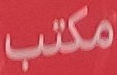
مكتب